Annual returns of the Patna Lunatic Asylum at Bankipore in Bihar and Orissa - 1912-1924
Year: 1912
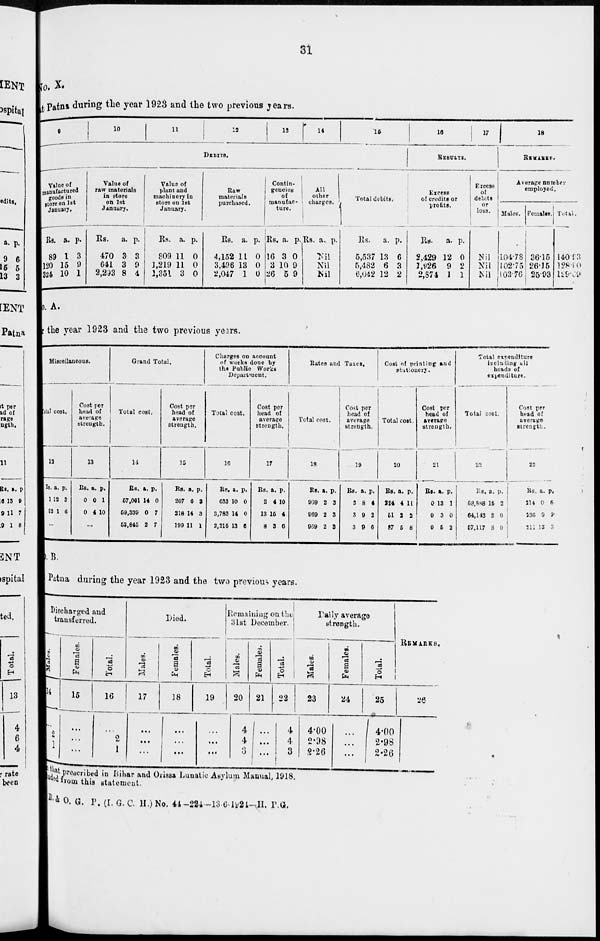
31
No. X.
at Patna during the year 1923 and the two previous years.
9
10
11
12
13
14
15
DEBITS.
Value of
manufactured
goods in
store on 1st
January.
Rs.
89
120
324
a.
1
15
10
p.
3
9
1
Value of
raw materials
in store
on 1st
January.
Rs.
470
641
2,293
a.
3
3
8
p.
3
9
4
Value of
plant and
machinery in
store on 1st
January.
Rs.
809
1,219
1,351
a.
11
11
3
p.
0
0
0
Raw
materials
purchased.
Rs.
4,152
3,496
2,047
a.
11
13
1
p.
0
0
0
Contin-
gencies
of
manufac-
ture.
Rs.
16
3
26
a.
3
10
5
p.
0
9
9
All
other
charges.
Rs. a. p.
Nil
Nil
Nil
Total debits.
Rs.
5,537
5,482
6,042
a.
13
6
12
p.
6
3
2
16
17
RESULTS.
Excess
of credits or
profits.
Rs.
2,429
1,926
2,874
a.
12
9
1
p.
0
2
1
Excess
of
debits
or
loss.
Nil
Nil
Nil
18
REMARKS.
Average number
employed.
Males.
104.78
102.75
103.76
Females.
36.15
26.15
25.93
Total.
140.93
128.80
129.69
No. A.
the year 1923 and the two previous years.
Miscellaneous.
Total cost.
12
Rs.
1
92
a.
12
1
p.
3
6
...
Cost per
head of
average
strength.
13
Rs.
0
0
a.
0
4
p.
1
10
...
Grand Total.
Total cost.
14
Rs.
57,061
59,339
53,845
a.
14
0
2
p.
0
7
7
Cost per
head of
average
strength.
15
Rs.
207
218
199
a.
6
14
11
p.
3
3
1
Charges on account
of works done by
the Public Works
Department.
Total cost.
16
Rs.
633
3,783
2,215
a.
10
14
13
p.
0
0
6
Cost per
head of
average
strength.
17
Rs.
2
13
8
a.
4
15
3
p.
10
4
6
Rates and Taxes.
Total cost.
18
Rs.
969
969
969
a.
2
2
2
p.
3
3
3
Cost per
head of
average
strength.
19
Rs.
3
3
3
a.
8
9
9
p.
4
2
6
Cost of printing and
stationery.
Total cost.
20
Rs.
224
51
87
a.
4
2
5
p.
11
2
8
Cost per
head of
average
strength.
21
Rs.
0
0
0
a.
13
3
5
p.
1
0
2
Total expenditure
including all
heads of
expenditure.
Total cost.
22
Rs.
58,888
64,143
57,117
a.
15
3
8
p.
2
0
0
Cost per
head of
average
strength.
23
Rs.
214
236
211
a.
0
9
13
p.
6
9
3
o.B.
Patna during the year 1923 and the two previous years.
Discharged and
transferred.
Males.
14
...
2
1
Females.
15
...
...
...
Total.
16
...
2
1
Died.
Males.
17
...
...
...
Females.
18
...
...
...
Total.
19
...
...
...
Remaining on the
31st December.
Males.
20
4
4
3
Females.
21
...
...
...
Total.
22
4
4
3
Daily average
strength.
Males.
23
4.00
2.98
2.26
Females.
24
...
...
...
Total.
25
4.00
2.98
2.26
REMARKS.
26
that prescribed in Bihar and Orissa Lunatic Asylum Manual, 1918.
included from this statement.
B.& O. G. P. (I. G. C. H. ) No. 44—224—13-6-1924—H. P.G.